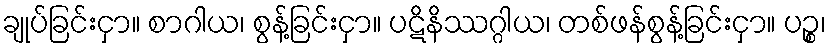
ချုပ်ခြင်းငှာ။ စာဂါယ၊ စွန့်ခြင်းငှာ။ ပဋိနိဿဂ္ဂါယ၊ တစ်ဖန်စွန့်ခြင်းငှာ။ ပဉ္စ၊